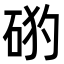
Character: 𥒙